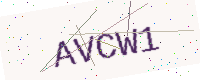
Text: AVCW1